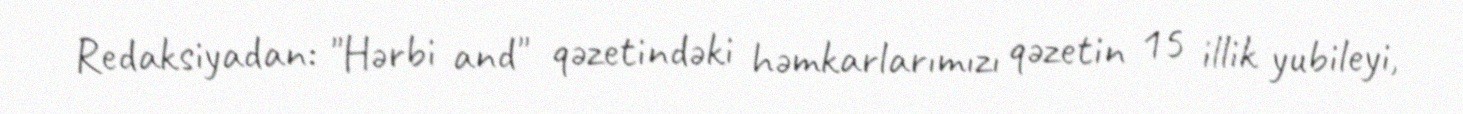
Redaksiyadan: "Hərbi and" qəzetindəki həmkarlarımızı qəzetin 15 illik yubileyi,